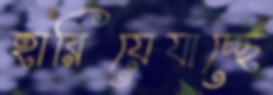
হারিয়েযাচ্ছে